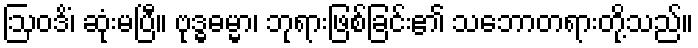
ဩဝဒိံ၊ ဆုံးမပြီ။ ဗုဒ္ဓဓမ္မာ၊ ဘုရားဖြစ်ခြင်း၏ သဘောတရားတို့သည်။